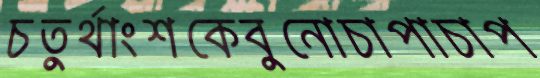
চতুর্থাংশকেবুনোচাপাচাপ